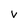
Character: V